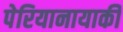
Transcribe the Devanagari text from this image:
पेरियानायाकी